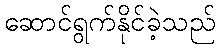
ဆောင်ရွက်နိုင်ခဲ့သည်